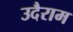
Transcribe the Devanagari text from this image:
उदैराम